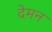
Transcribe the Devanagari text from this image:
देमन